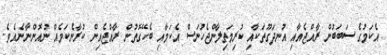
އެކަމުގެ ސަބަބުން ރާއްޖެއާއި އުނދަގޫތަކާއި ކުރިމަތިލާންޖެހުނަސް އެކަމާއި ބެހޭގޮތުން ރާއްޖެއިން ކުރާނެކަމެއް ނުއޮންނާނެއެވެ.